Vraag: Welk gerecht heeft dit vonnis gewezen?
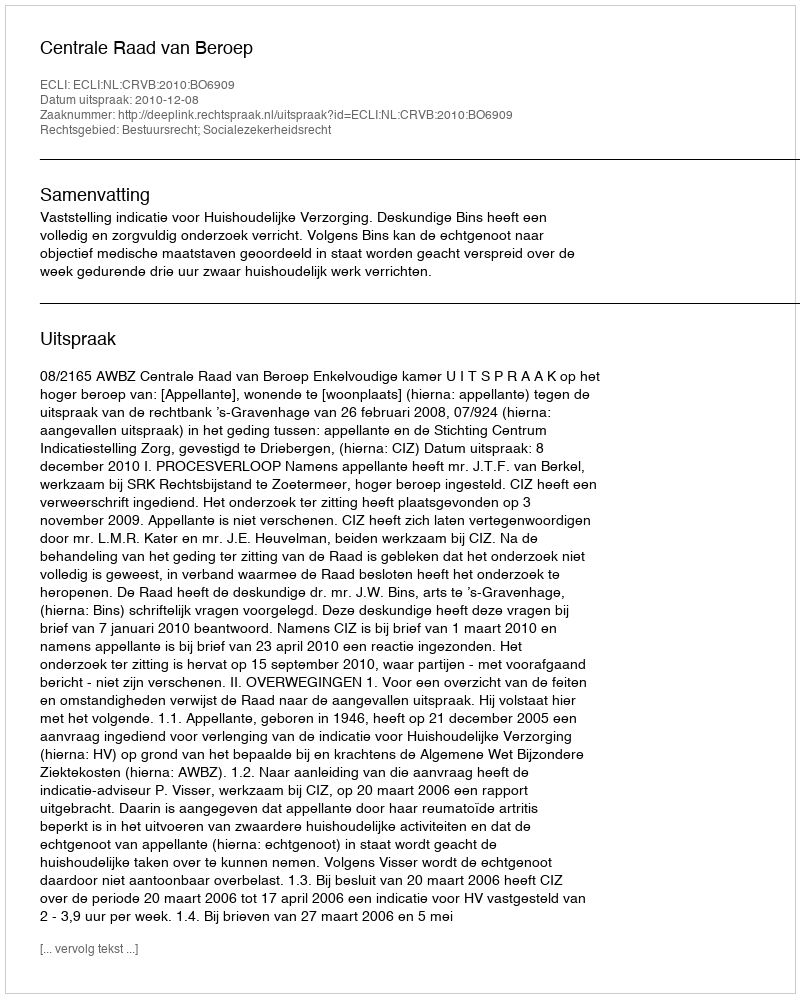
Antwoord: Centrale Raad van Beroep